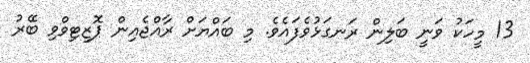
13 މީހަކު ވަނީ ބަލިން ރަނގަޅުވެފައެވެ. މި ބައްޔަށް ރާއްޖެއިން ޕޮޒިޓިވްވި ބޭރު